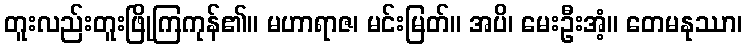
တူးလည်းတူးဖြိုကြကုန်၏။ မဟာရာဇ၊ မင်းမြတ်။ အပိ၊ မေးဦးအံ့။ တေမနုဿာ၊